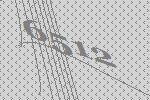
6512